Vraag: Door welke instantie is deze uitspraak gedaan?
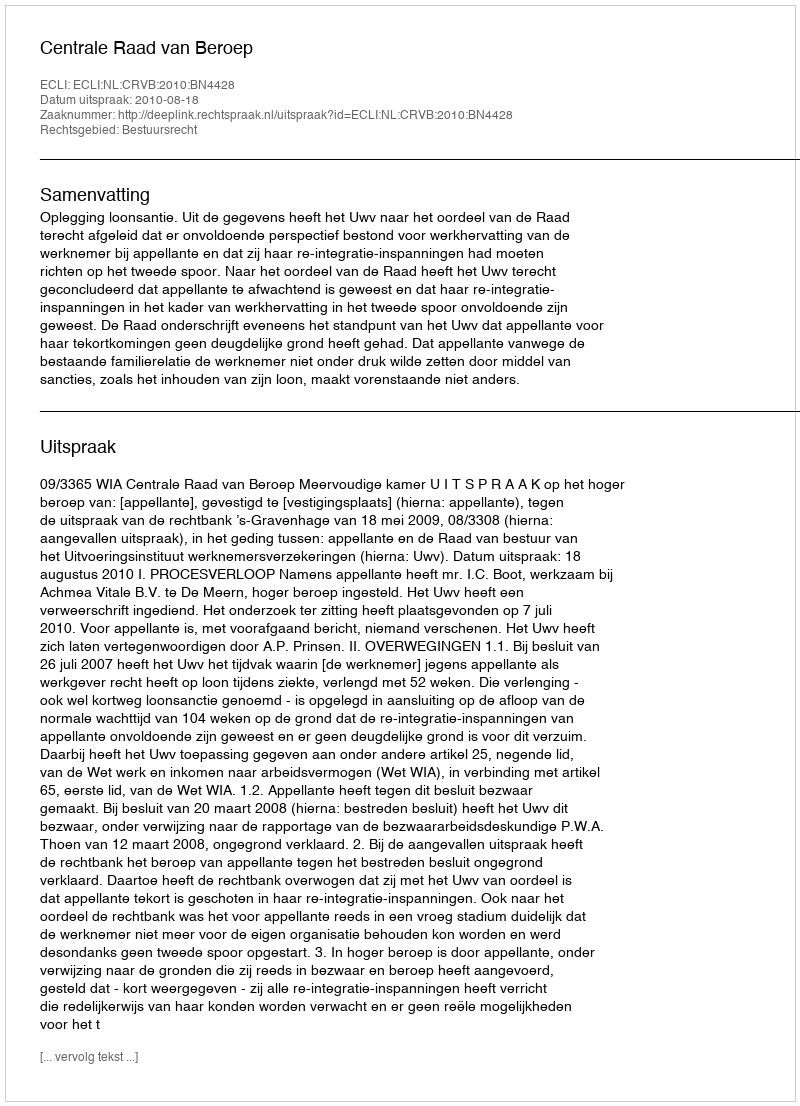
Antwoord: Centrale Raad van Beroep